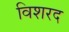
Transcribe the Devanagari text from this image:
विशरद